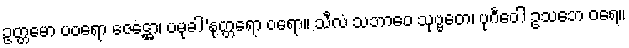
ဥတ္တမော ပဝရော ဇေဋ္ဌော၊ ပမုခါ’နုတ္တရော ဝရော။ သီလံ သဘာဝေ သုဗ္ဗတေ၊ ပုင်္ဂဝေါ ဥသဘေ ဝရေ။